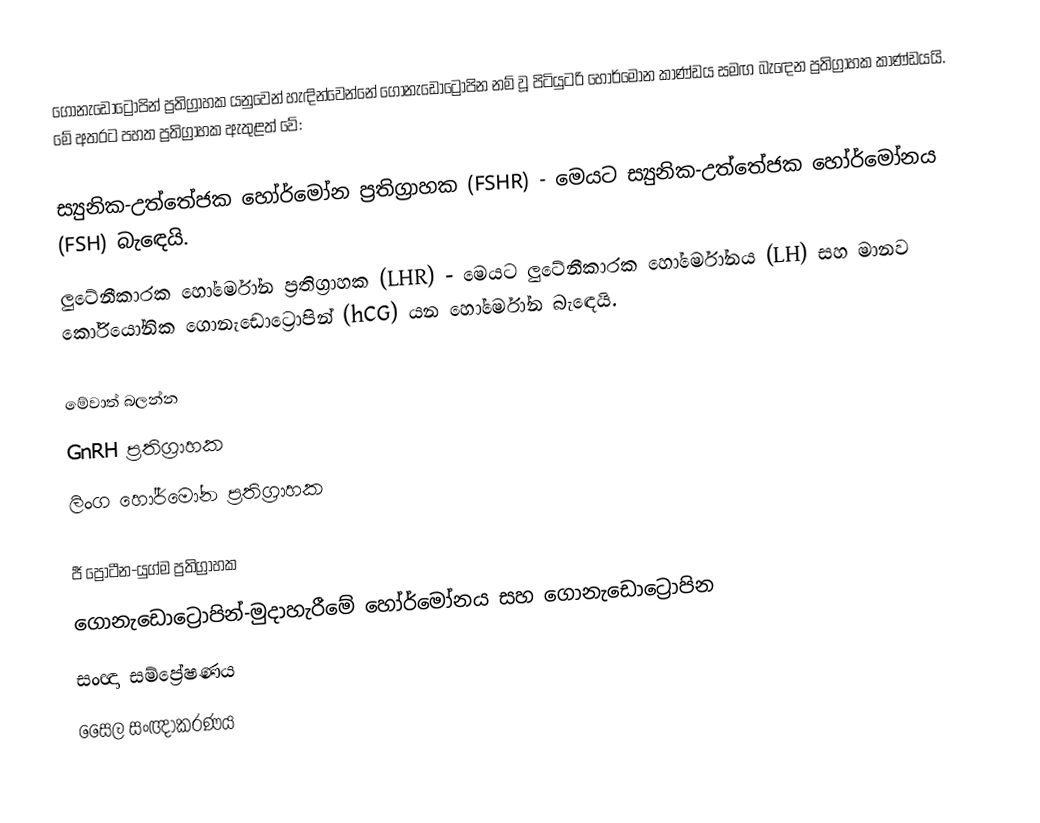
ගොනැඩොට්‍රොපින් ප්‍රතිග්‍රාහක යනුවෙන් හැඳින්වෙන්නේ ගොනැඩොට්‍රොපින නම් වූ පිටියුටරි හෝර්මෝන කාණ්ඩය සමඟ බැඳෙන ප්‍රතිග්‍රාහක කාණ්ඩයයි. මේ අතරට පහත ප්‍රතිග්‍රාහක ඇතුළත් වේ:

 ස්‍යුනික-උත්තේජක හෝර්මෝන ප්‍රතිග්‍රාහක (FSHR) - මෙයට ස්‍යුනික-උත්තේජක හෝර්මෝනය (FSH) බැඳෙයි.
 ලුටේනීකාරක හෝර්මෝන ප්‍රතිග්‍රාහක (LHR) - මෙයට ලුටේනීකාරක හෝර්මෝනය (LH) සහ මානව කෝරියෝනික ගොනැඩොට්‍රොපින් (hCG) යන හෝර්මෝන බැඳෙයි.

මේවාත් බලන්න
 GnRH ප්‍රතිග්‍රාහක
 ලිංග හෝර්මෝන ප්‍රතිග්‍රාහක

ජී ප්‍රෝටීන-යුග්ම ප්‍රතිග්‍රාහක
ගොනැඩොට්‍රොපින්-මුදාහැරීමේ හෝර්මෝනය සහ ගොනැඩොට්‍රොපින
සංඥා සම්ප්‍රේෂණය
සෛල සංඥාකරණය